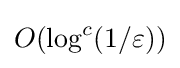
O(\log ^{c}(1/\varepsilon ))